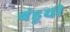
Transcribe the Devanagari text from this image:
बंडूची